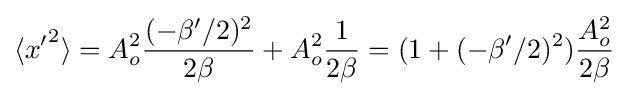
\langle {x'}^{2}\rangle =A_{o}^{2}{\frac {(-\beta '/2)^{2}}{2\beta }}+A_{o}^{2}{\frac {1}{2\beta }}=(1+(-\beta '/2)^{2}){\frac {A_{o}^{2}}{2\beta }}